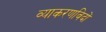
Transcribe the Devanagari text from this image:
व्याकरणविदों